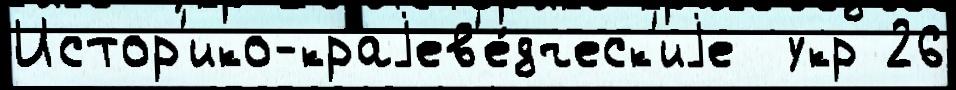
Истор'ико-краjев'е́дческ'иjе  укр 26